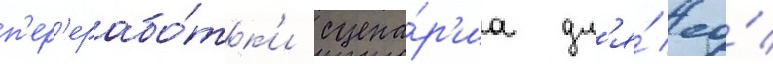
п'ер'ерабо́тк'и сцена́р'иа дл'я́ ео́